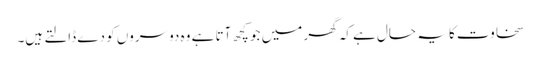
سخاوت کا یہ حال ہے کہ گھر میں جو کچھ آتا ہے وہ دوسروں کو دے ڈالتے ہیں۔